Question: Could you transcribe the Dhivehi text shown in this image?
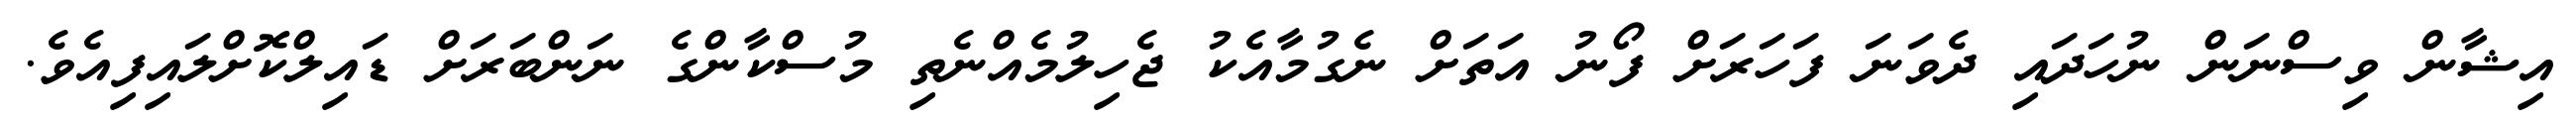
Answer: އިޝާން ވިސްނަން ނުހަދައި ދެވަނަ ފަހަރަށް ފޯނު އަތަށް ނެގުމާއެކު ޖެހިލުމެއްނެތި މުސްކާންގެ ނަންބަރަށް ޑައިލްކޮށްލައިފިއެވެ.